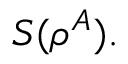
\; S ( \rho ^ { A } ) .